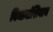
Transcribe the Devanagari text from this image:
विमानांशिवाय